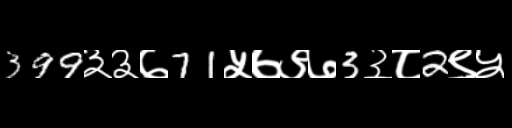
Text: 399३३७71५७९७3३८2९५